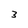
Character: 3